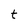
Character: t